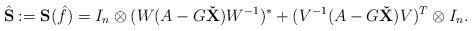
LaTeX: \begin{align*}\hat{\mathbf{S}} := \mathbf{S}(\hat{f}) = I_n\otimes (W(A-G \mathbf{\check{X}}) W^{-1})^*+(V^{-1} (A-G\mathbf{\check{X}})V)^T\otimes I_n.\end{align*}